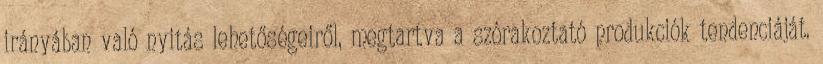
irányában való nyitás lehetőségeiről, megtartva a szórakoztató produkciók tendenciáját.